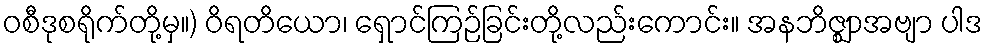
ဝစီဒုစရိုက်တို့မှ။) ဝိရတိယော၊ ရှောင်ကြဉ်ခြင်းတို့လည်းကောင်း။ အနဘိဇ္ဈာအဗျာ ပါဒ